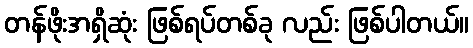
တန်ဖိုးအရှိဆုံး ဖြစ်ရပ်တစ်ခု လည်း ဖြစ်ပါတယ်။